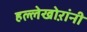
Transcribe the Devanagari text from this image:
हल्लेखोऱांनी